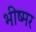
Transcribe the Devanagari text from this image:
भीष्मर